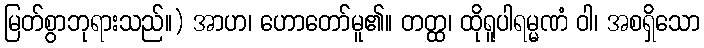
မြတ်စွာဘုရားသည်။) အာဟ၊ ဟောတော်မူ၏။ တတ္ထ၊ ထိုရူပါရမ္မဏံ ဝါ၊ အစရှိသော